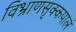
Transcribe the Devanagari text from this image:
विभ्राणसृक्कपालं